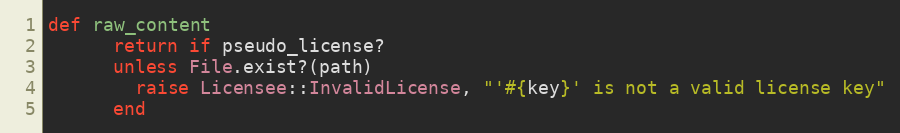
Language: Ruby
def raw_content
      return if pseudo_license?
      unless File.exist?(path)
        raise Licensee::InvalidLicense, "'#{key}' is not a valid license key"
      end